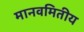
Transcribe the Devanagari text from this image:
मानवमितीय